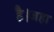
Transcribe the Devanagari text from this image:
है।जहा